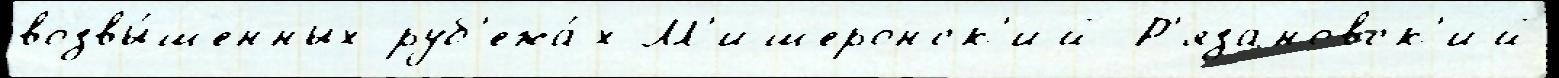
возвы́шенных руб'ежа́х М'ишеронск'ий Р'язановск'ий